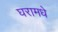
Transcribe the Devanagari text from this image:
घरामधे